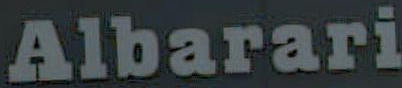
Albarari